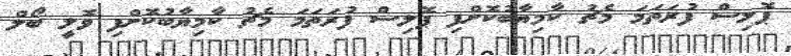
ޕޮލިސް ފުރަތަމަ މެޗު ކާމިޔާބުކޮށްފި ޕޮލިސް ފުރަތަމަ މެޗު ކާމިޔާބުކޮށްފި ވޮލީ ބޯލް